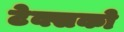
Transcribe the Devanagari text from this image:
टेक्सको